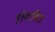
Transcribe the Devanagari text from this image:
होंगरविंटर